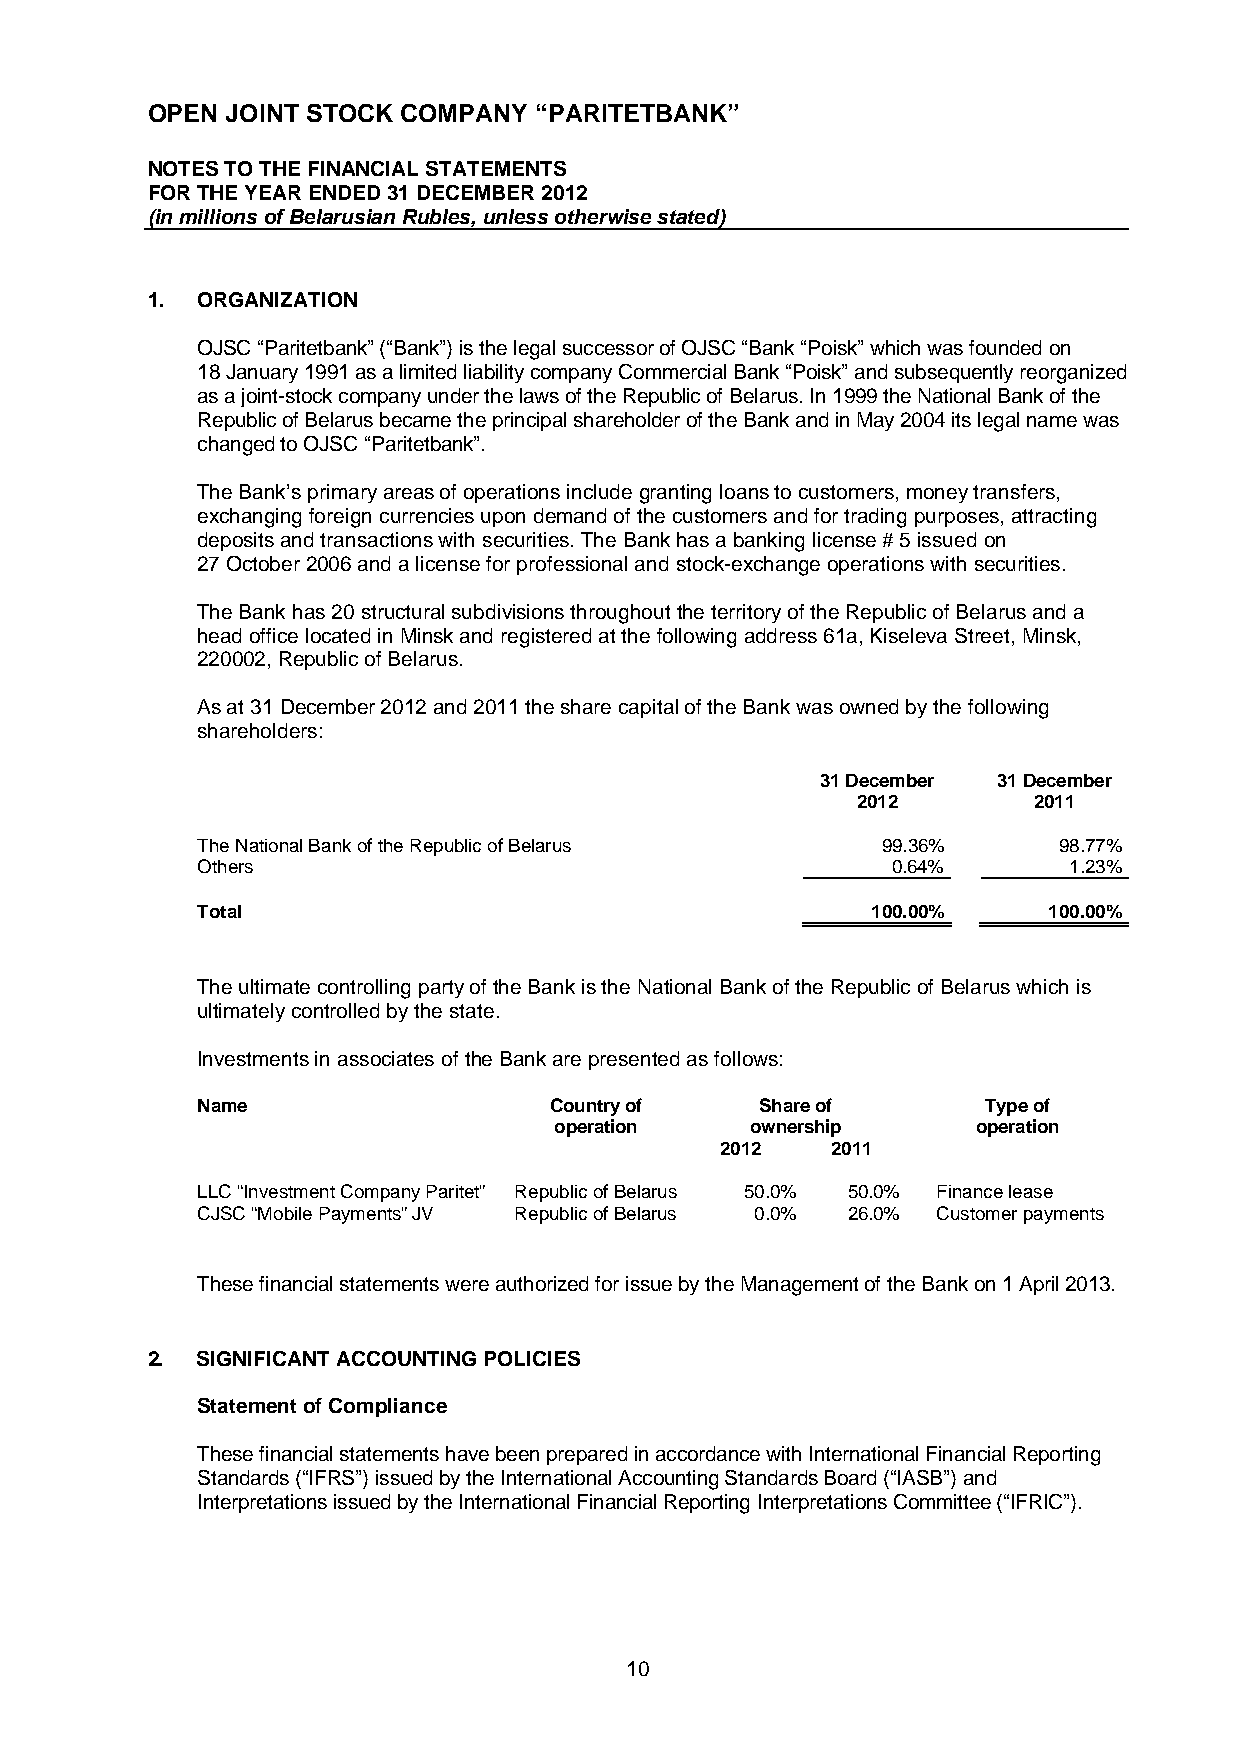
OPEN JOINT STOCK COMPANY “PARITETBANK”
 NOTES TO THE FINANCIAL STATEMENTS
 FOR THE YEAR ENDED 31 DECEMBER 2012
 (in millions of Belarusian Rubles, unless otherwise stated)
 1. ORGANIZATION
 OJSC “Paritetbank” (“Bank”) is the legal successor of OJSC “Bank “Poisk” which was founded on
 18 January 1991 as a limited liability company Commercial Bank “Poisk” and subsequently reorganized
 as a joint-stock company under the laws of the Republic of Belarus. In 1999 the National Bank of the
 Republic of Belarus became the principal shareholder of the Bank and in May 2004 its legal name was
 changed to OJSC “Paritetbank”.
 The Bank’s primary areas of operations include granting loans to customers, money transfers,
 exchanging foreign currencies upon demand of the customers and for trading purposes, attracting
 deposits and transactions with securities. The Bank has a banking license # 5 issued on
 27 October 2006 and a license for professional and stock-exchange operations with securities.
 The Bank has 20 structural subdivisions throughout the territory of the Republic of Belarus and a
 head office located in Minsk and registered at the following address 61a, Kiseleva Street, Minsk,
 220002, Republic of Belarus.
 As at 31 December 2012 and 2011 the share capital of the Bank was owned by the following
 shareholders:
 31 December 31 December
 2012       2011
 The National Bank of the Republic of Belarus 99.36%      98.77%
 Others                                        0.64%       1.23%
 Total                                        100.00%    100.00%
 The ultimate controlling party of the Bank is the National Bank of the Republic of Belarus which is
 ultimately controlled by the state.
 Investments in associates of the Bank are presented as follows:
 Name                   Country of    Share of       Type of
 operation    ownership      operation
 2012   2011
 LLC “Investment Company Paritet” Republic of Belarus 50.0% 50.0% Finance lease
 CJSC “Mobile Payments” JV Republic of Belarus 0.0% 26.0% Customer payments
 These financial statements were authorized for issue by the Management of the Bank on 1 April 2013.
 2. S IGNIFICANT ACCOUNTING POLICIES
 Statement of Compliance
 These financial statements have been prepared in accordance with International Financial Reporting
 Standards (“IFRS”) issued by the International Accounting Standards Board (“IASB”) and
 Interpretations issued by the International Financial Reporting Interpretations Committee (“IFRIC”).
 10